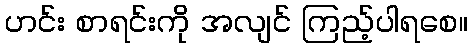
ဟင်း စာရင်းကို အလျင် ကြည့်ပါရစေ။